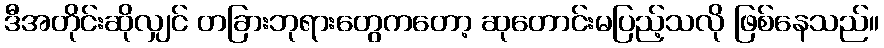
ဒီအတိုင်းဆိုလျှင် တခြားဘုရားတွေကတော့ ဆုတောင်းမပြည့်သလို ဖြစ်နေသည်။